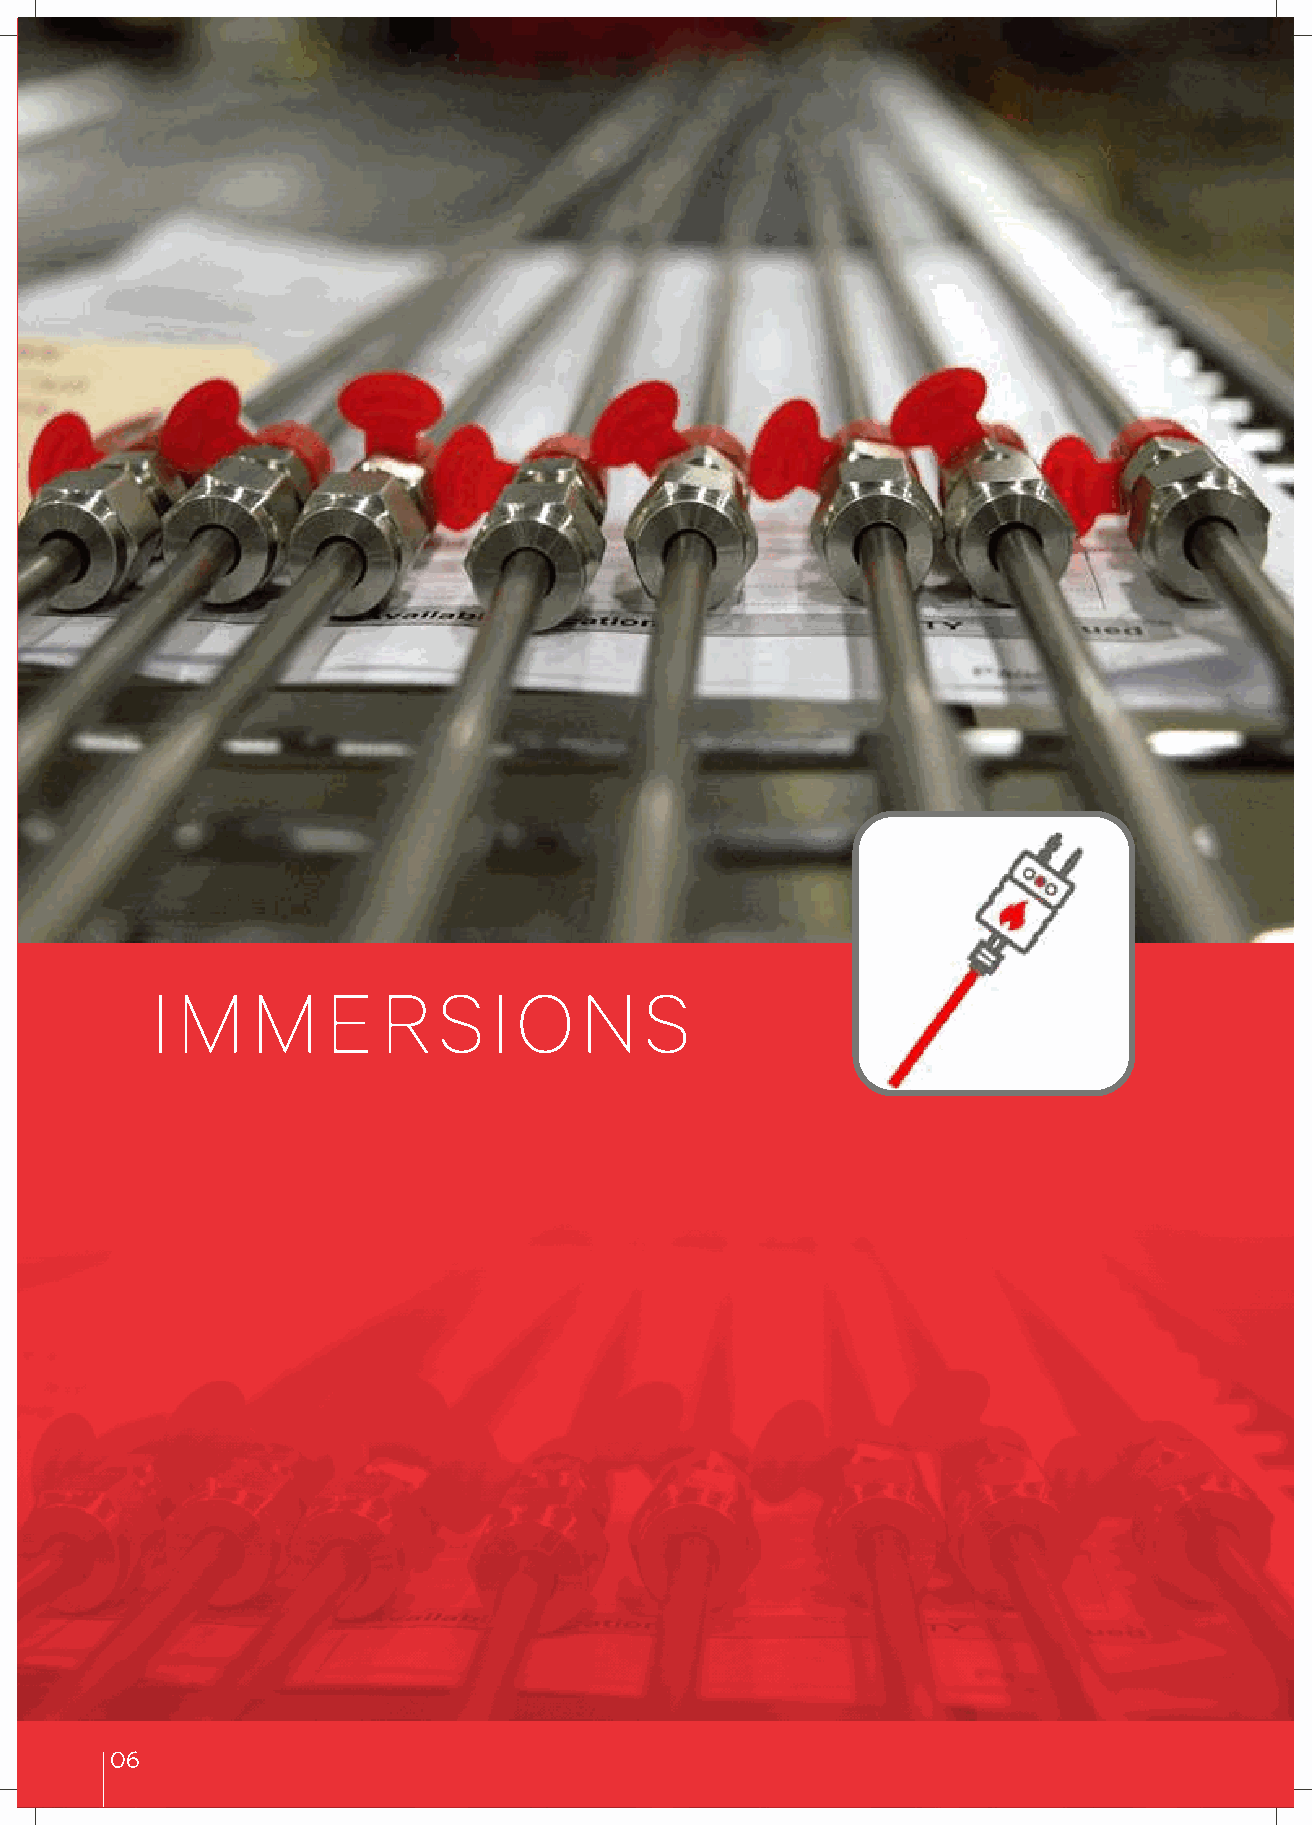
I M    M    E  R   S   I O  N    S
 06